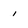
Character: 1